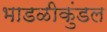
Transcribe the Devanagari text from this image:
भाडळीकुंडल